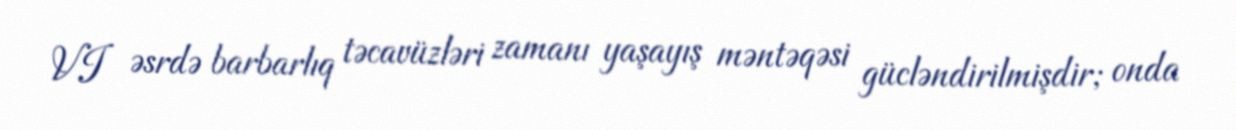
VI əsrdə barbarlıq təcavüzləri zamanı yaşayış məntəqəsi gücləndirilmişdir; onda